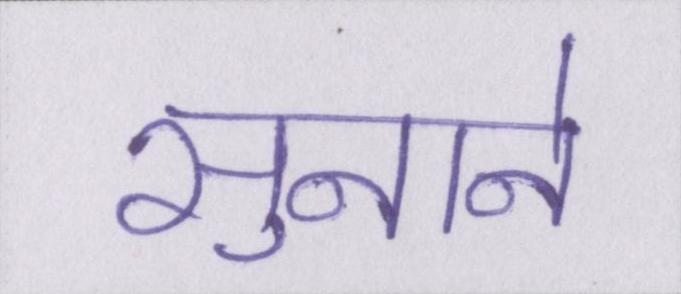
सुनाने